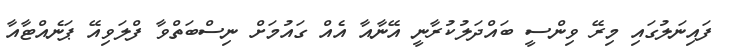
ފައިނަލުގައި މިރޭ ވިންސީ ބައްދަލުކުރާނީ އޭނާއާ އެއް ގައުމަށް ނިސްބަތްވާ ފްލަވިއޭ ޕަނެއްޓާއާ